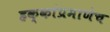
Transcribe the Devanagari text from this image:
हक्कांप्रमाणेच